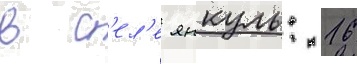
в с'ел'е янкуль: 16